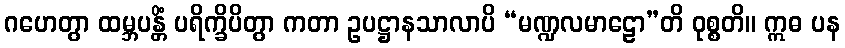
ဂဟေတွာ ထမ္ဘပန္တိံ ပရိက္ခိပိတွာ ကတာ ဥပဋ္ဌာနသာလာပိ “မဏ္ဍလမာဠော”တိ ဝုစ္စတိ။ ဣဓ ပန